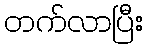
တက်လာပြီး